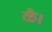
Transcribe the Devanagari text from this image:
ळै।